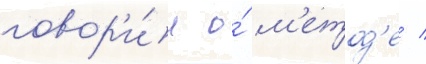
говор'и́л о́ м'етод'е /